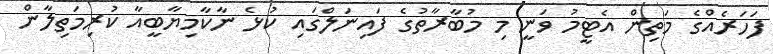
ފަހަރެއްގެ މަތިން އެޓީމު ވަނީ މި މުބާރާތުގެ ފައިނަލްގައި ކުޅެ ނާކާމިޔާބީއާ ކުރިމަތިލާން